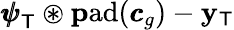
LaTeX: {\pmb{\psi}}_{\mathsf{T}}\circledast\mathrm{{\mathbf{p}ad}}({\pmb{c}}_{g})-\mathbf{y}_{\mathsf{T}}